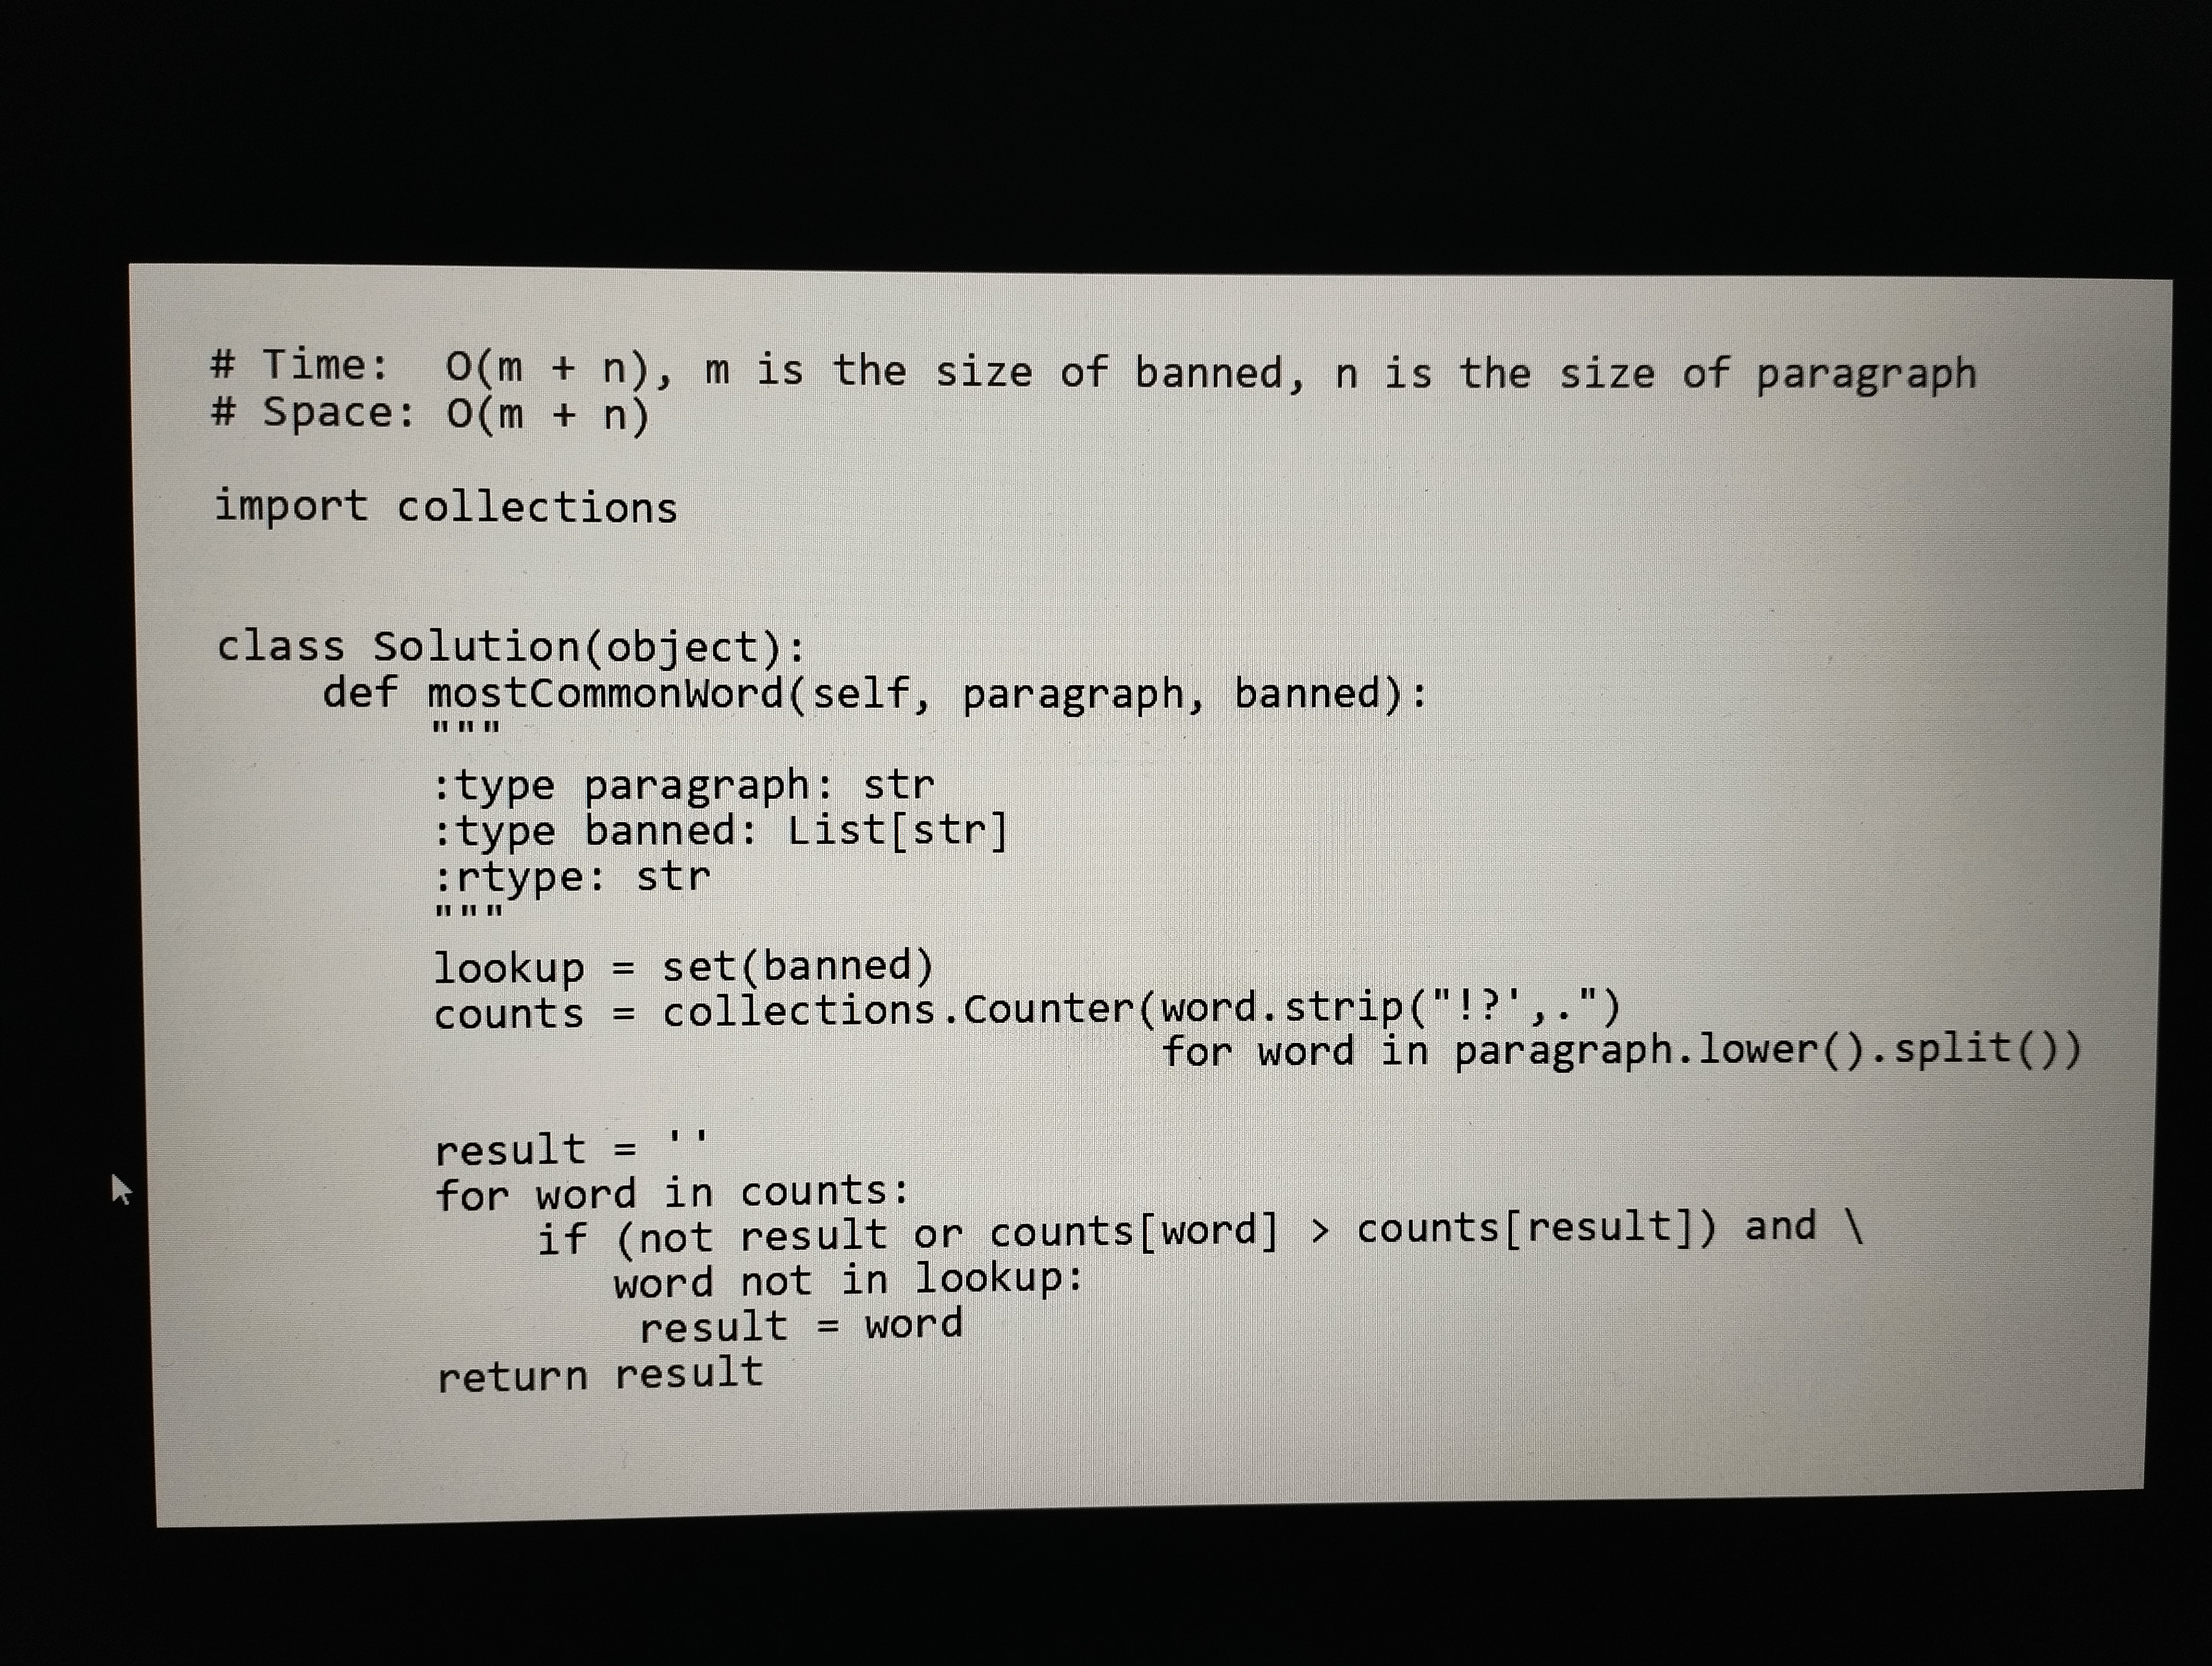
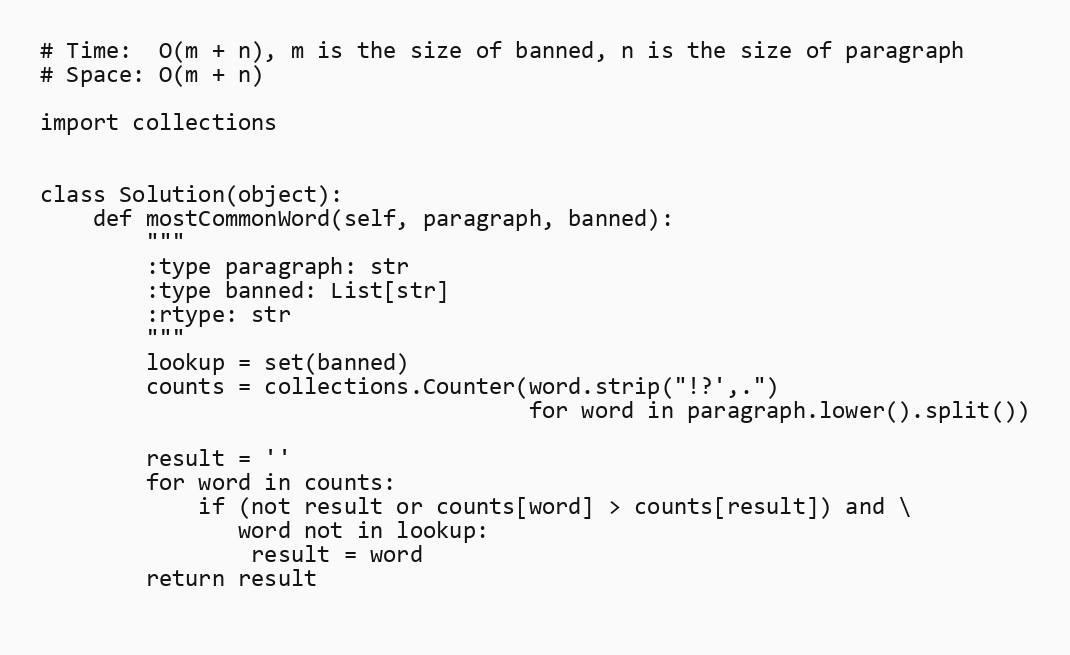
# Time:  O(m + n), m is the size of banned, n is the size of paragraph
# Space: O(m + n)

import collections

class Solution(object):
    def mostCommonWord(self, paragraph, banned):
        """
        :type paragraph: str
        :type banned: List[str]
        :rtype: str
        """
        lookup = set(banned)
        counts = collections.Counter(word.strip("!?',.")
                                     for word in paragraph.lower().split())

        result = ''
        for word in counts:
            if (not result or counts[word] > counts[result]) and \
               word not in lookup:
                result = word
        return result